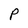
Character: p